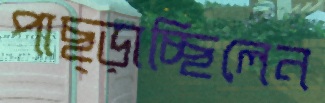
পাছ্‌ড়াচ্ছিলেন